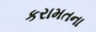
કરામતના